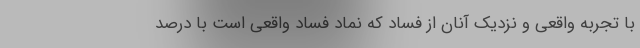
با تجربه واقعی و نزدیک آنان از فساد که نماد فساد واقعی است با درصد